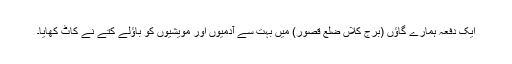
ایک دفعہ ہمارے گاؤں (بُرج کلاں ضِلع قصور) میں بہت سے آدمیوں اور مویشیوں کو باؤلے کُتّے نے کاٹ کھایا۔